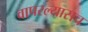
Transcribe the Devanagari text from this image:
वापरल्यासच